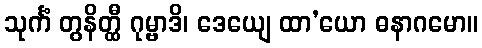
သုင်္ကံ တွနိတ္ထီ ဂုမ္ဗာဒိ၊ ဒေယျေ ထာ’ယော ဓနာဂမော။